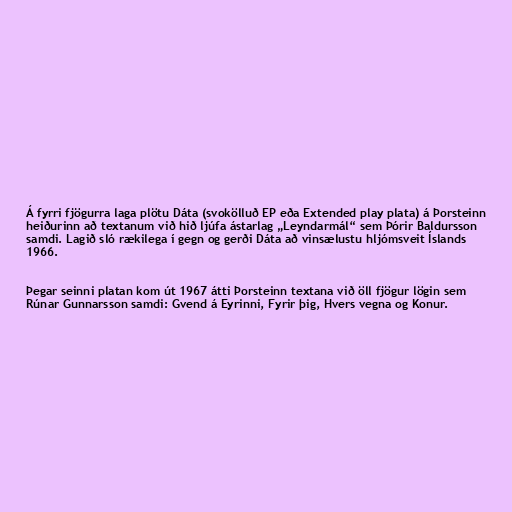
Á fyrri fjögurra laga plötu Dáta (svokölluð EP eða Extended play plata) á Þorsteinn
heiðurinn að textanum við hið ljúfa ástarlag „Leyndarmál“ sem Þórir Baldursson
samdi. Lagið sló rækilega í gegn og gerði Dáta að vinsælustu hljómsveit Íslands
1966.

Þegar seinni platan kom út 1967 átti Þorsteinn textana við öll fjögur lögin sem
Rúnar Gunnarsson samdi: Gvend á Eyrinni, Fyrir þig, Hvers vegna og Konur.